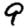
Digit: 9